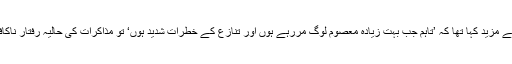
انہوں نے مزید کہا تھا کہ ’تاہم جب بہت زیادہ معصوم لوگ مررہے ہوں اور تنازع کے خطرات شدید ہوں‘ تو مذاکرات کی حالیہ رفتار ناکافی ہے۔